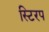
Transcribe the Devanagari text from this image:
स्टिरप